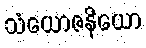
သံယောဇနိယော